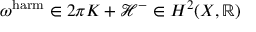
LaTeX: \omega ^ { \mathrm { h a r m } } \in 2 \pi K + { \mathcal { H } } ^ { - } \in H ^ { 2 } ( X , \mathbb { R } )